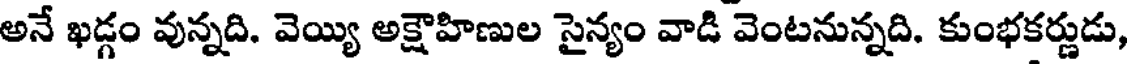
అనే ఖడ్గం వున్నది. వెయ్యి అక్షౌహిణుల సైన్యం వాడి వెంటనున్నది. కుంభకర్ణుడు,